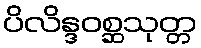
ပိလိန္ဒဝစ္ဆသုတ္တ